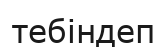
тебіндеп